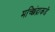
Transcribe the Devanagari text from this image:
मच्छिंद्राकडे